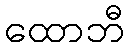
ထောဘီ